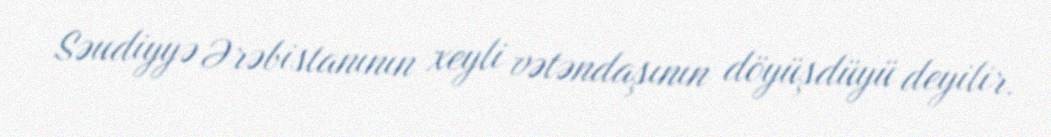
Səudiyyə Ərəbistanının xeyli vətəndaşının döyüşdüyü deyilir.